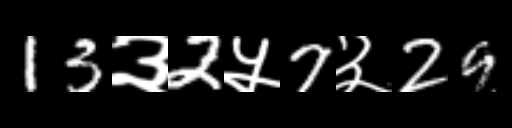
Text: 13३2५7३29